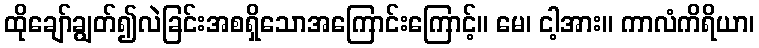
ထိုချော်ချွတ်၍လဲခြင်းအစရှိသောအကြောင်းကြောင့်။ မေ၊ ငါ့အား။ ကာလံကိရိယာ၊